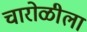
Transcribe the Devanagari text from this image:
चारोळीला